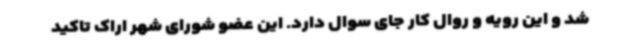
شد و این رویه و روال کار جای سوال دارد. این عضو شورای شهر اراک تاکید